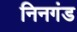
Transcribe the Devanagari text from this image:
निनगंड